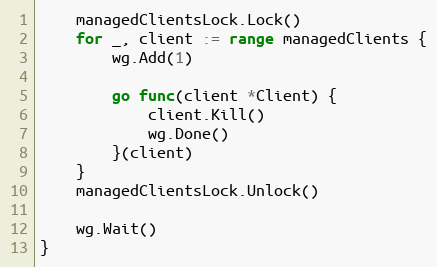
Language: Go
	managedClientsLock.Lock()
	for _, client := range managedClients {
		wg.Add(1)

		go func(client *Client) {
			client.Kill()
			wg.Done()
		}(client)
	}
	managedClientsLock.Unlock()

	wg.Wait()
}